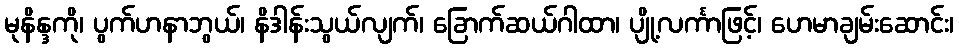
မုနိန္ဒကို၊ ပွက်ဟနာဘွယ်၊ နိဒါန်းသွယ်လျက်၊ ခြောက်ဆယ်ဂါထာ၊ ပျို့လင်္ကာဖြင့်၊ ဟေမာချမ်းဆောင်း၊